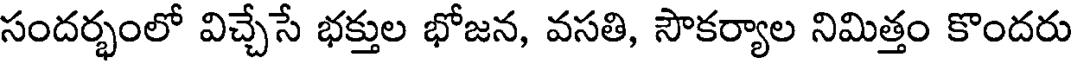
సందర్భంలో విచ్చేసే భక్తుల భోజన, వసతి, సౌకర్యాల నిమిత్తం కొందరు